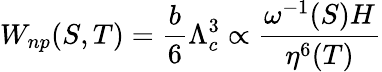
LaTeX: W_{np}(S,T)=\frac{b}{6}\Lambda_{c}^{3}\propto\frac{\omega^{-1}(S)H}{\eta^{6}(T)}